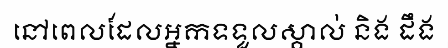
នៅពេលដែលអ្នកទទួលស្គាល់ និង ដឹង